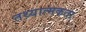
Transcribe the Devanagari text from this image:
तथ्यात्मकता